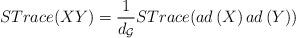
LaTeX: \begin{align*}STrace(XY)=\frac{1}{d_{\mathcal{G}}}STrace(ad\left( X\right) ad\left(Y\right) )\end{align*}